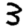
Digit: 3